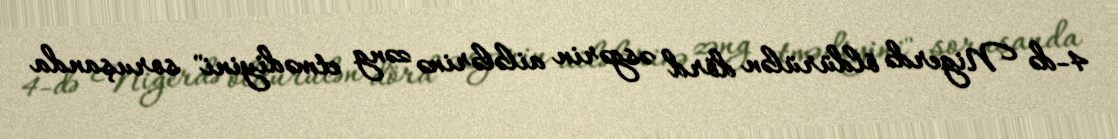
4-də Nigerdə öldürülən dörd əsgərin ailələrinə zəng etmədiyini" soruşanda